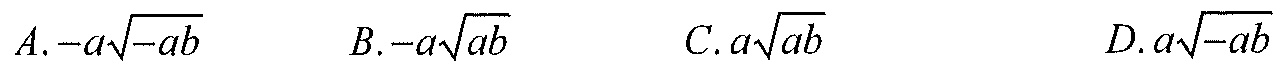
\(A. -a\sqrt{-ab}\)  \(B. -a\sqrt{ab}\)  \(C. a\sqrt{ab}\)  \(D. a\sqrt{-ab}\)